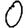
Digit: 0